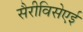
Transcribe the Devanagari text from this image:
सैरीविसेएई